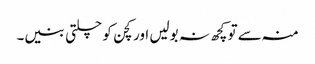
منہ سے تو کچھ نہ بولیں اور کچن کو چلتی بنیں۔